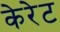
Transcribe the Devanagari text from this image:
केरेट